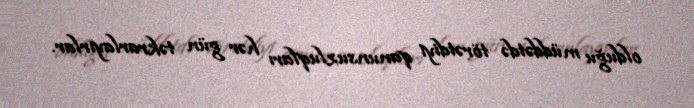
olduğu müddətdə törətdiyi qanunsuzluqları hər gün təkrarlayırlar.